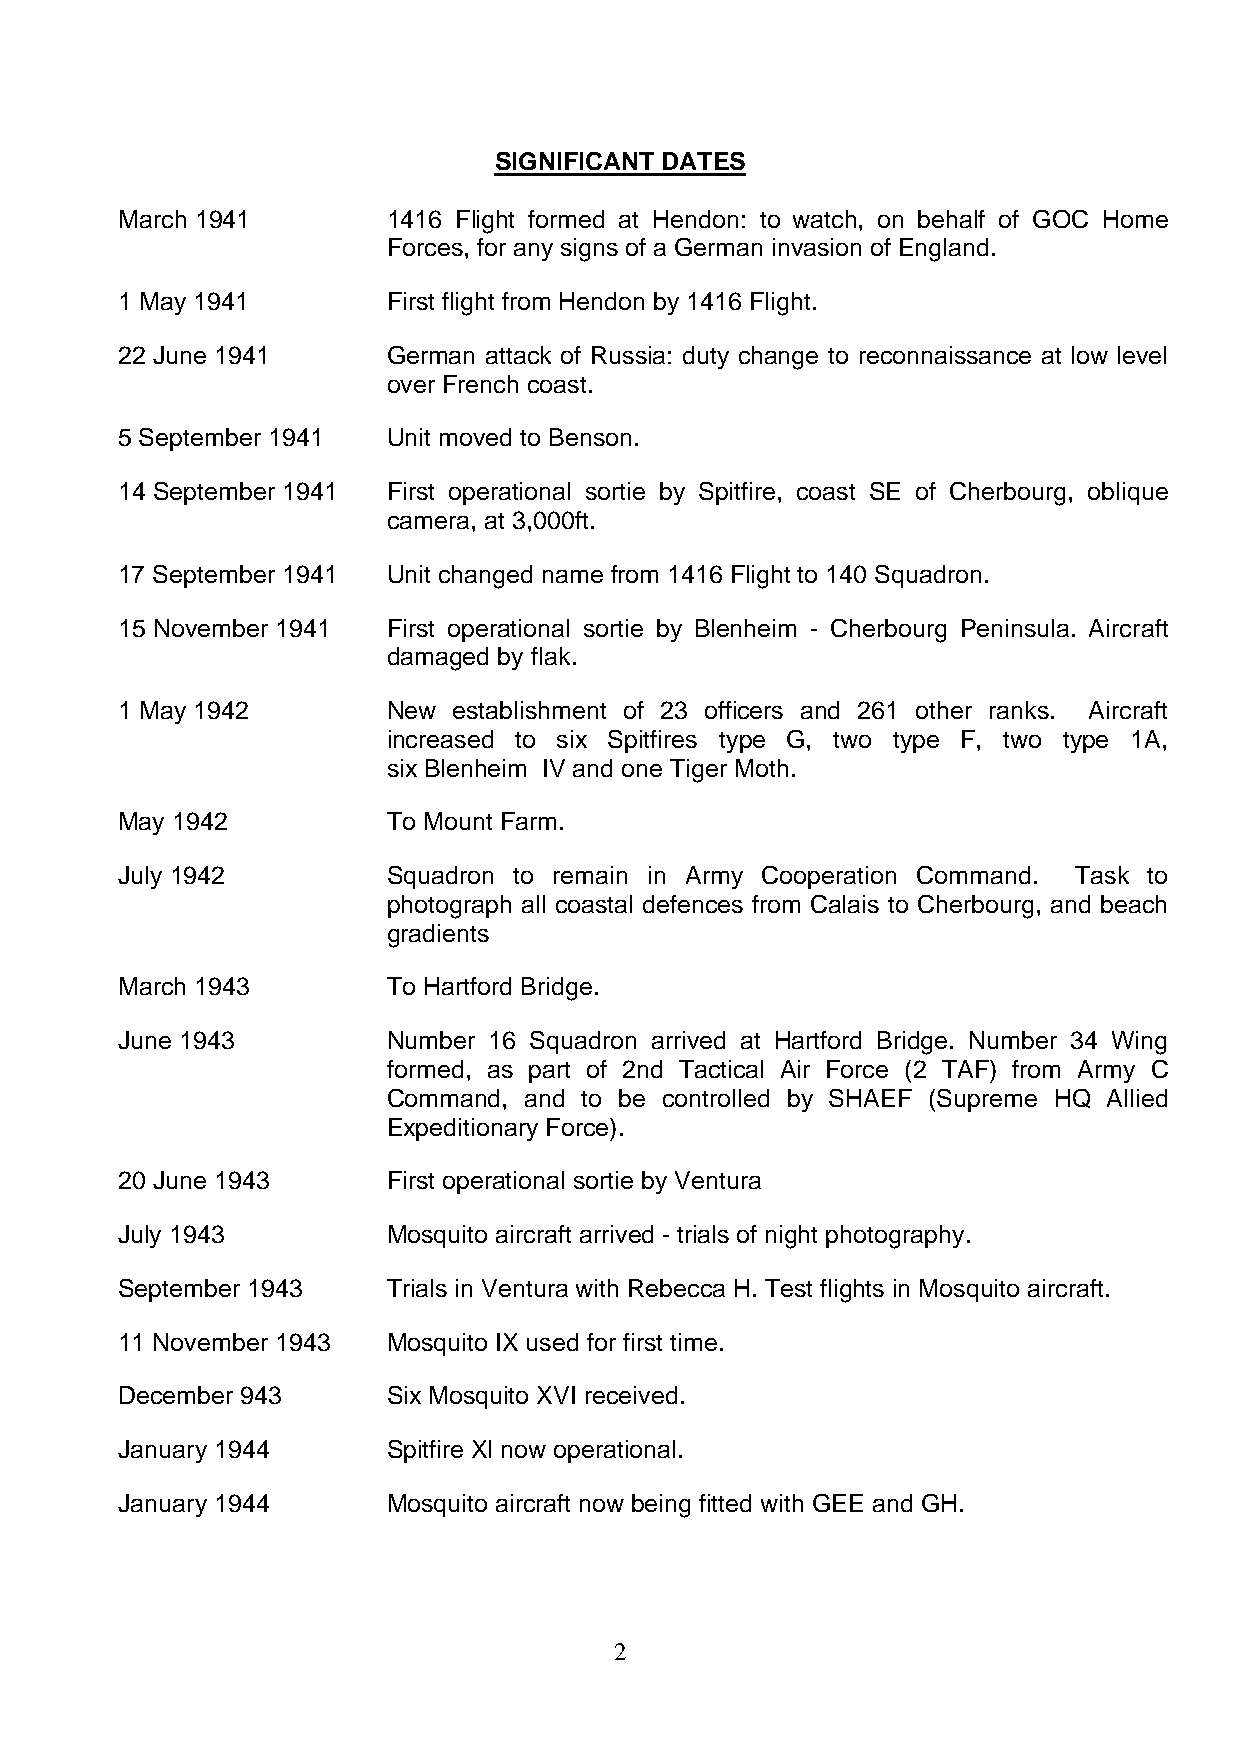
SIGNIFICANT DATES
 March 1941        1416 Flight formed at Hendon: to watch, on behalf of GOC Home
 Forces, for any signs of a German invasion of England.
 1 May 1941        First flight from Hendon by 1416 Flight.
 22 June 1941      German attack of Russia: duty change to reconnaissance at low level
 over French coast.
 5 September 1941  Unit moved to Benson.
 14 September 1941 First operational sortie by Spitfire, coast SE of Cherbourg, oblique
 camera, at 3,000ft.
 17 September 1941 Unit changed name from 1416 Flight to 140 Squadron.
 15 November 1941  First operational sortie by Blenheim - Cherbourg Peninsula. Aircraft
 damaged by flak.
 1 May 1942        New establishment of 23 officers and 261 other ranks. Aircraft
 increased to six Spitfires type G, two type F, two type 1A,
 six Blenheim IV and one Tiger Moth.
 May 1942          To Mount Farm.
 July 1942         Squadron to remain in Army Cooperation Command. Task to
 photograph all coastal defences from Calais to Cherbourg, and beach
 gradients
 March 1943        To Hartford Bridge.
 June 1943         Number 16 Squadron arrived at Hartford Bridge. Number 34 Wing
 formed, as part of 2nd Tactical Air Force (2 TAF) from Army C
 Command, and to be controlled by SHAEF (Supreme HQ Allied
 Expeditionary Force).
 20 June 1943      First operational sortie by Ventura
 July 1943         Mosquito aircraft arrived - trials of night photography.
 September 1943    Trials in Ventura with Rebecca H. Test flights in Mosquito aircraft.
 11 November 1943  Mosquito IX used for first time.
 December 943      Six Mosquito XVI received.
 January 1944      Spitfire Xl now operational.
 January 1944      Mosquito aircraft now being fitted with GEE and GH.
 2